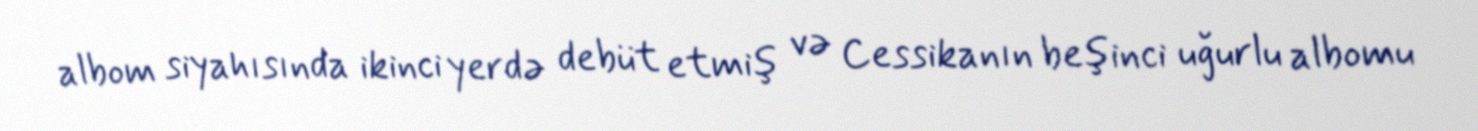
albom siyahısında ikinci yerdə debüt etmiş və Cessikanın beşinci uğurlu albomu